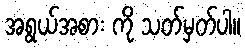
အရွယ်အစား ကို သတ်မှတ်ပါ။